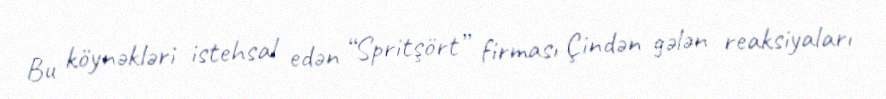
Bu köynəkləri istehsal edən “Spritşört” firması Çindən gələn reaksiyaları